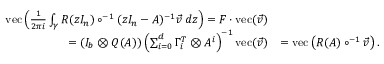
\begin{array} { r l } { \mathrm { v e c } \left( \frac { 1 } { 2 \pi i } \int _ { \gamma } R ( z I _ { n } ) \circ ^ { - 1 } ( z I _ { n } - A ) ^ { - 1 } \vec { v } \, d z \right) = F \cdot \mathrm { v e c } ( \vec { v } ) } & { } \\ { = ( I _ { b } \otimes Q ( A ) ) \left( \sum _ { i = 0 } ^ { d } \Gamma _ { i } ^ { T } \otimes A ^ { i } \right) ^ { - 1 } \mathrm { v e c } ( \vec { v } ) } & { = \mathrm { v e c } \left( R ( A ) \circ ^ { - 1 } \vec { v } \right) . } \end{array}